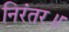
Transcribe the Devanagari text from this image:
निरंतर॥